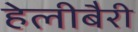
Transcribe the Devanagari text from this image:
हेलीबैरी